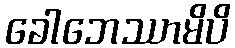
ခေါဘေဿာမိပိ